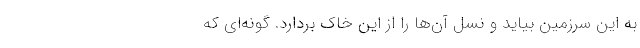
به این سرزمین بیاید و نسل آ‌ن‌ها را از این خاک بردارد. گونه‌ای که